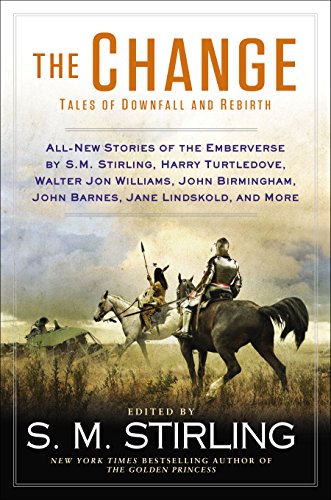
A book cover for The Change: Tales of Downfall and Rebirth (Change Series); Science Fiction & Fantasy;